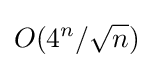
O(4^{n}/{\sqrt {n}})